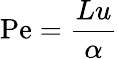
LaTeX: \mathrm{Pe}={\frac{Lu}{\alpha}}